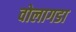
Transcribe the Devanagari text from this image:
वोलागडा